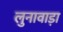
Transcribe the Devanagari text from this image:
लुनावाड़ा